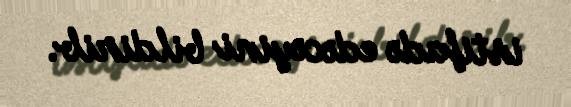
istifadə edəcəyini bildirib.